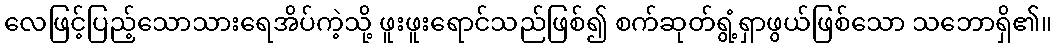
လေဖြင့်ပြည့်သောသားရေအိပ်ကဲ့သို့ ဖူးဖူးရောင်သည်ဖြစ်၍ စက်ဆုတ်ရွံ့ရှာဖွယ်ဖြစ်သော သဘောရှိ၏။